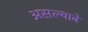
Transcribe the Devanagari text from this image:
असल्याबे